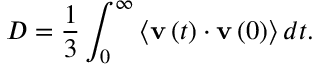
D = \frac { 1 } { 3 } \int _ { 0 } ^ { \infty } \left< { \bf v } \left( t \right) \cdot { \bf v } \left( 0 \right) \right> d t .